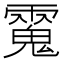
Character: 𩳮